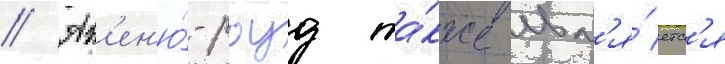
// Ав'ен'ю́-роуд та́кже явл'я́етс'я